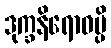
ဒုက္ခနိရောဓမ္ပိ